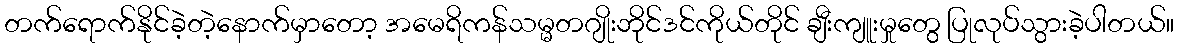
တက်ရောက်နိုင်ခဲ့တဲ့နောက်မှာတော့ အမေရိကန်သမ္မတဂျိုးဘိုင်ဒင်ကိုယ်တိုင် ချီးကျူးမှုတွေ ပြုလုပ်သွားခဲ့ပါတယ်။